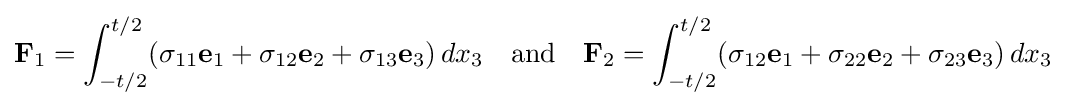
\mathbf {F} _{1}=\int _{-t/2}^{t/2}(\sigma _{11}\mathbf {e} _{1}+\sigma _{12}\mathbf {e} _{2}+\sigma _{13}\mathbf {e} _{3})\,dx_{3}\quad {\text{and}}\quad \mathbf {F} _{2}=\int _{-t/2}^{t/2}(\sigma _{12}\mathbf {e} _{1}+\sigma _{22}\mathbf {e} _{2}+\sigma _{23}\mathbf {e} _{3})\,dx_{3}